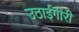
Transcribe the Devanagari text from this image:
उठाईगीरी